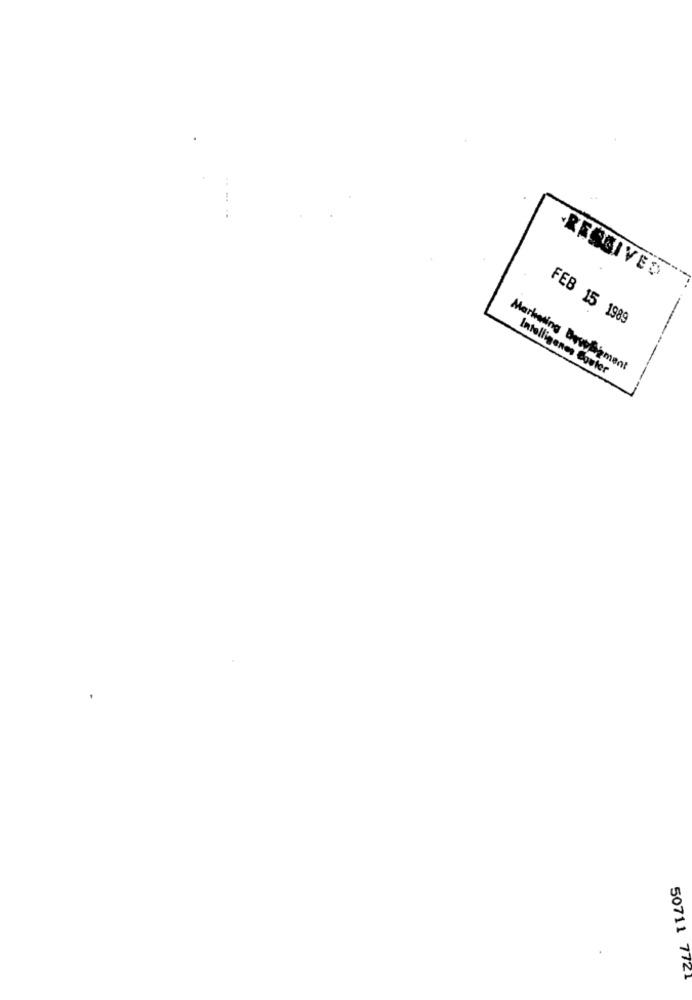
RECEIVED
FEB 15 1989
Marketing Bowelement
Intelligenen Couter
50711 7721